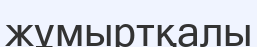
жұмыртқалы